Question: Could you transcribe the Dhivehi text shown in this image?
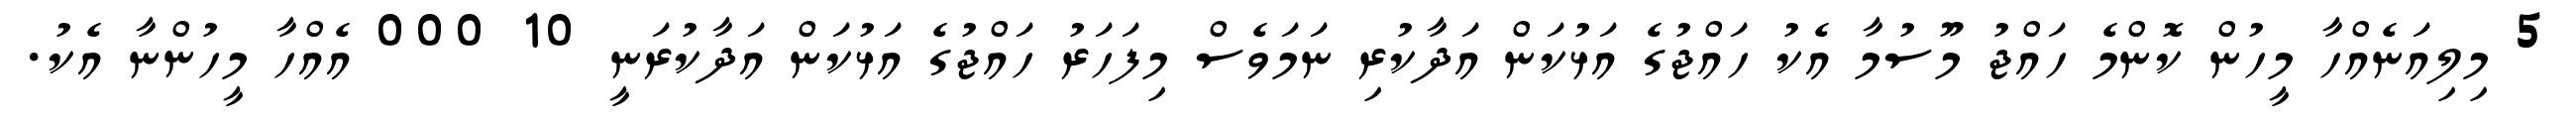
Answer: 5 މިލިއަނެއްހާ މީހުން ކޮންމެ ހައްޖު މޫސުމާ އެކު ހައްޖުގެ އަޅުކަން އަދާކުރި ނަމަވެސް މިފަހަރު ހައްޖުގެ އަޅުކަން އަދާކުރަނީ 10 000 އެއްހާ މީހުންނާ އެކު.